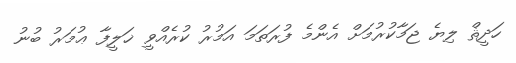
ހަދީޘް ލިޔެ ޖަމާކުރުމަށް އެންމެ ފުރަތަމަ އަމުރު ކުރެއްވީ ޚަލީފާ ޢުމަރު ބުނު